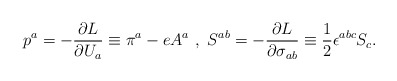
\begin{align*}p^a=-{{\partial L}\over {\partial U_a}}\equiv \pi ^a-eA^a ~,~S^{ab}=-{{\partial L}\over {\partial \sigma_{ab}}}\equiv {1\over 2}\epsilon ^{abc}S_c.\end{align*}